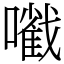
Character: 㘍